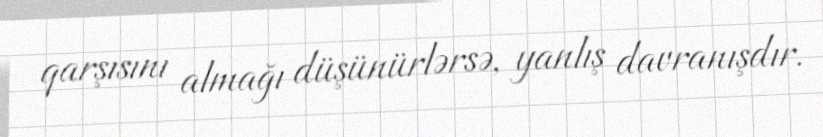
qarşısını almağı düşünürlərsə, yanlış davranışdır.